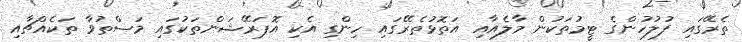
ތެރޭގައި ފުލުހުންގެ ޓީމުތަކުން މާލެއާއި އަތޮޅުތެރޭގައި ހިންގި އެކި އޮޕަރޭޝަންތަކުގައި މަސްތުވާ ތަކެއްޗާއި